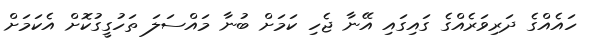
ހައެއްގެ ދަރިވަރެއްގެ ގައިގައި އޭނާ ޖެހި ކަމަށް ބުނާ މައްސަލަ ތަހުގީގުކޮށް އެކަމަށް